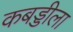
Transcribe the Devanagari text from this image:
कबड्डीला